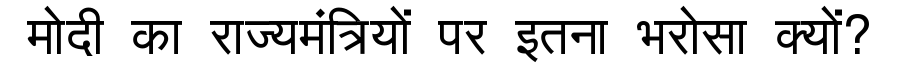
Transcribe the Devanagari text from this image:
मोदी का राज्यमंत्रियों पर इतना भरोसा क्यों?